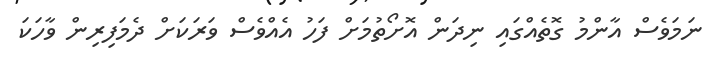
ނަމަވެސް އާންމު ގޮތެއްގައި ނިދަން އޮށޯތުމަށް ފަހު އެއްވެސް ވަރަކަށް ދެމަފިރިން ވާހަކަ